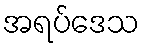
အရပ်ဒေသ